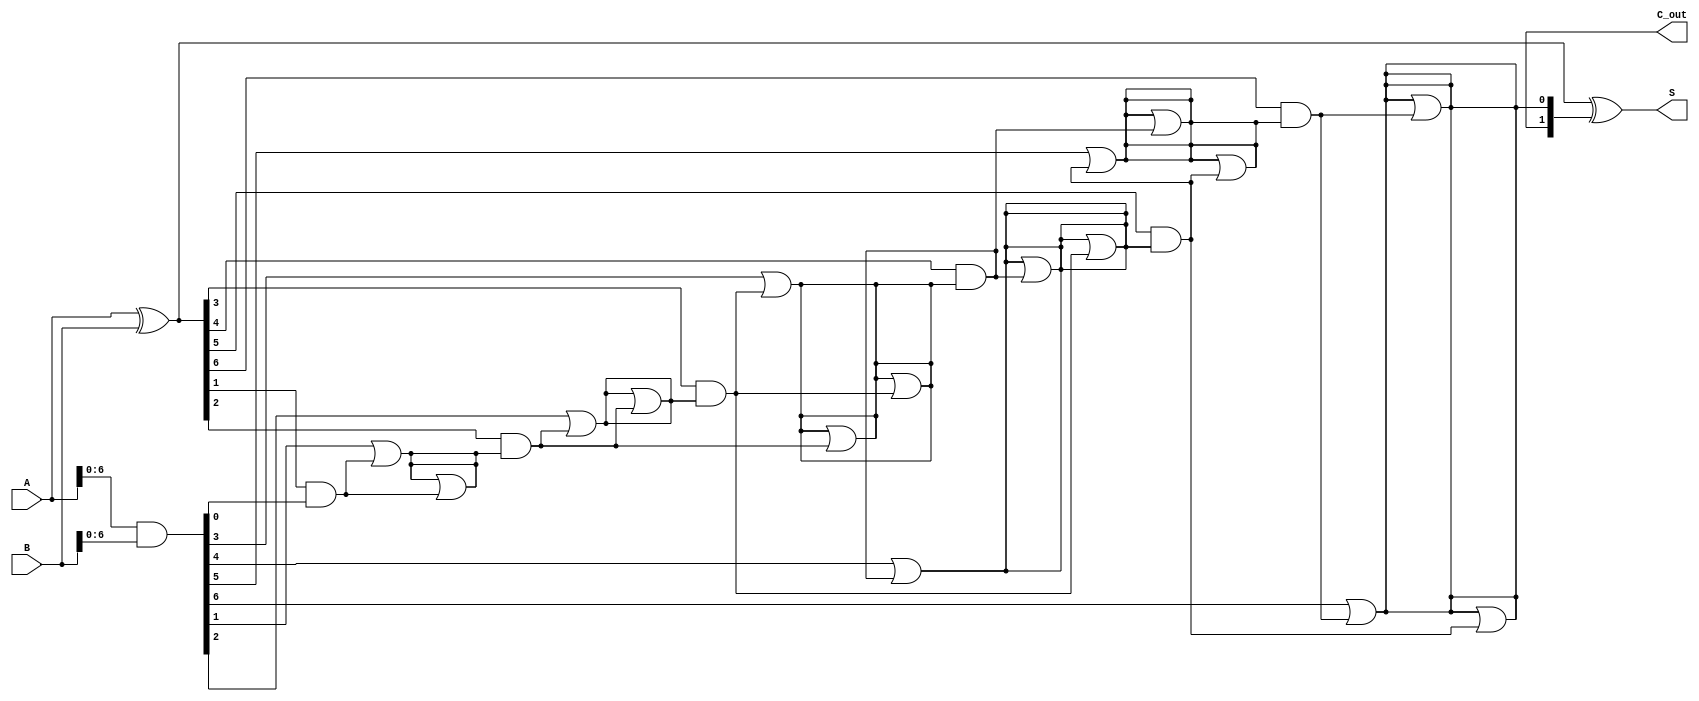
module kogge_stone_adder #(parameter n = 8) (
    input  [n-1:0] A,      // First operand
    input  [n-1:0] B,      // Second operand
    output [n-1:0] S,      // Sum output
    output        C_out     // Carry out
);

    // Generate and Propagate signals
    wire [n-1:0] G; // Generate signals
    wire [n-1:0] P; // Propagate signals
    wire [n:0] C;   // Carry signals (C[0] is the initial carry)

    // Generate and Propagate computations
    assign G = A & B;         // G[i] = A[i] & B[i]
    assign P = A ^ B;         // P[i] = A[i] ^ B[i]
    
    // Initial carry
    assign C[0] = 1'b0;       // C[0] = 0

    // Kogge-Stone prefix network computation
    genvar i, j;
    generate
        // Level 1
        for (i = 0; i < n; i = i + 1) begin : level1
            if (i > 0) begin
                assign C[i] = G[i-1] | (P[i-1] & C[i-1]);
            end else begin
                assign C[i] = C[0]; // C[0] is the initial carry
            end
        end
        
        // Levels 2 and beyond
        for (j = 1; j < n; j = j + 1) begin : levels
            for (i = 0; i < n; i = i + 1) begin : level
                if (i >= (1 << j)) begin
                    assign C[i] = C[i] | (P[i - (1 << (j-1))] & C[i - (1 << (j-1))]);
                end
            end
        end
    endgenerate

    // Sum calculation
    assign S = P ^ C[n-1:n];  // S[i] = P[i] ^ C[i]
    assign C_out = C[n];      // Final carry-out

endmodule